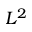
L ^ { 2 }